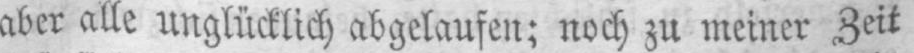
aber alle unglücklich abgelaufen; noch zu meiner Zeit